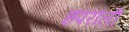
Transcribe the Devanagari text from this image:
छपरौली